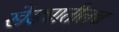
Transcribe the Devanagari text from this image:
खेड्यातीलच